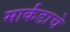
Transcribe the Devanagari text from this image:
मार्कंडाचे